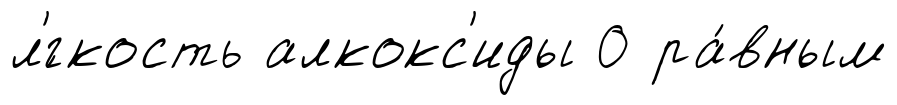
л'́гкость алкокс'иды 0 ра́вным